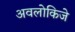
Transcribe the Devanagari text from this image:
अवलोकिजे